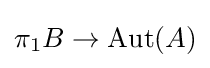
\pi _{1}B\to \operatorname {Aut} (A)